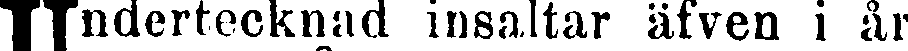
Undertecknad insaltar äfven i år